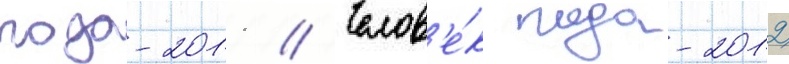
года-2011 // Челов'е́к года-2012